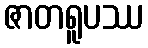
ဇာတရူပဿ